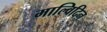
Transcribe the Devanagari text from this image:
माल्विदिन